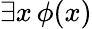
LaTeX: \exists x\, \phi(x)